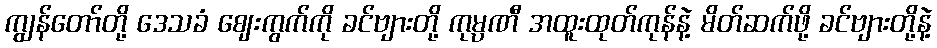
ကျွန်တော်တို့ ဒေသခံ ဈေးကွက်ကို ခင်ဗျားတို့ ကုမ္ပဏီ အထူးထုတ်ကုန်နဲ့ မိတ်ဆက်ဖို့ ခင်ဗျားတို့နဲ့